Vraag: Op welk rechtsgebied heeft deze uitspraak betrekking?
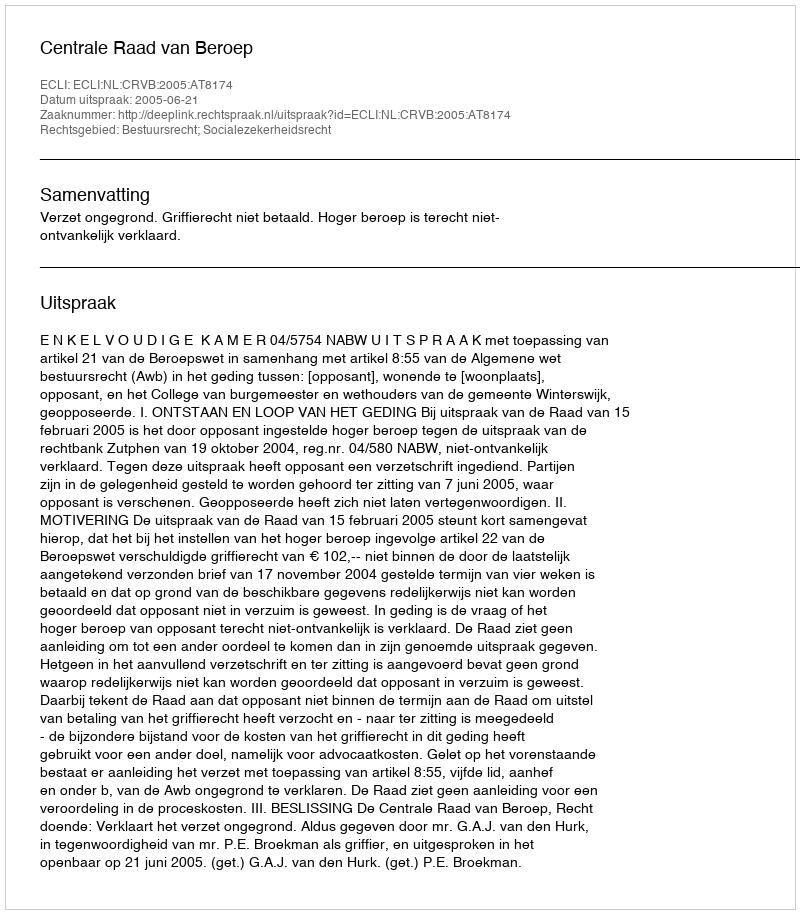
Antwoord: Bestuursrecht; Socialezekerheidsrecht